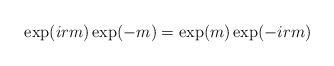
LaTeX: \begin{align*} \exp (i r m) \exp (-m) = \exp (m) \exp (-i r m) \end{align*}